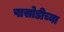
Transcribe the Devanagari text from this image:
पासोडीच्या